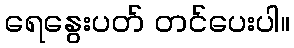
ရေနွေးပတ် တင်ပေးပါ။